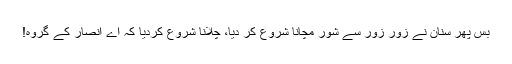
بس پھر سنان نے زور زور سے شور مچانا شروع کر دیا، چلّانا شروع کردیا کہ اے انصار کے گروہ!